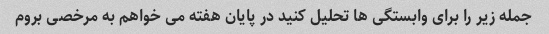
جمله زیر را برای وابستگی ها تحلیل کنید در پایان هفته می خواهم به مرخصی بروم